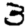
Digit: 3